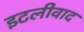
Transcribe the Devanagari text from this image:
इटलीवाद